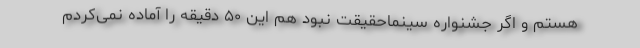
هستم و اگر جشنواره سینماحقیقت نبود هم این ۵۰ دقیقه را آماده نمی‌کردم